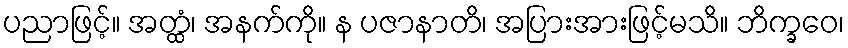
ပညာဖြင့်။ အတ္ထံ၊ အနက်ကို။ န ပဇာနာတိ၊ အပြားအားဖြင့်မသိ။ ဘိက္ခဝေ၊